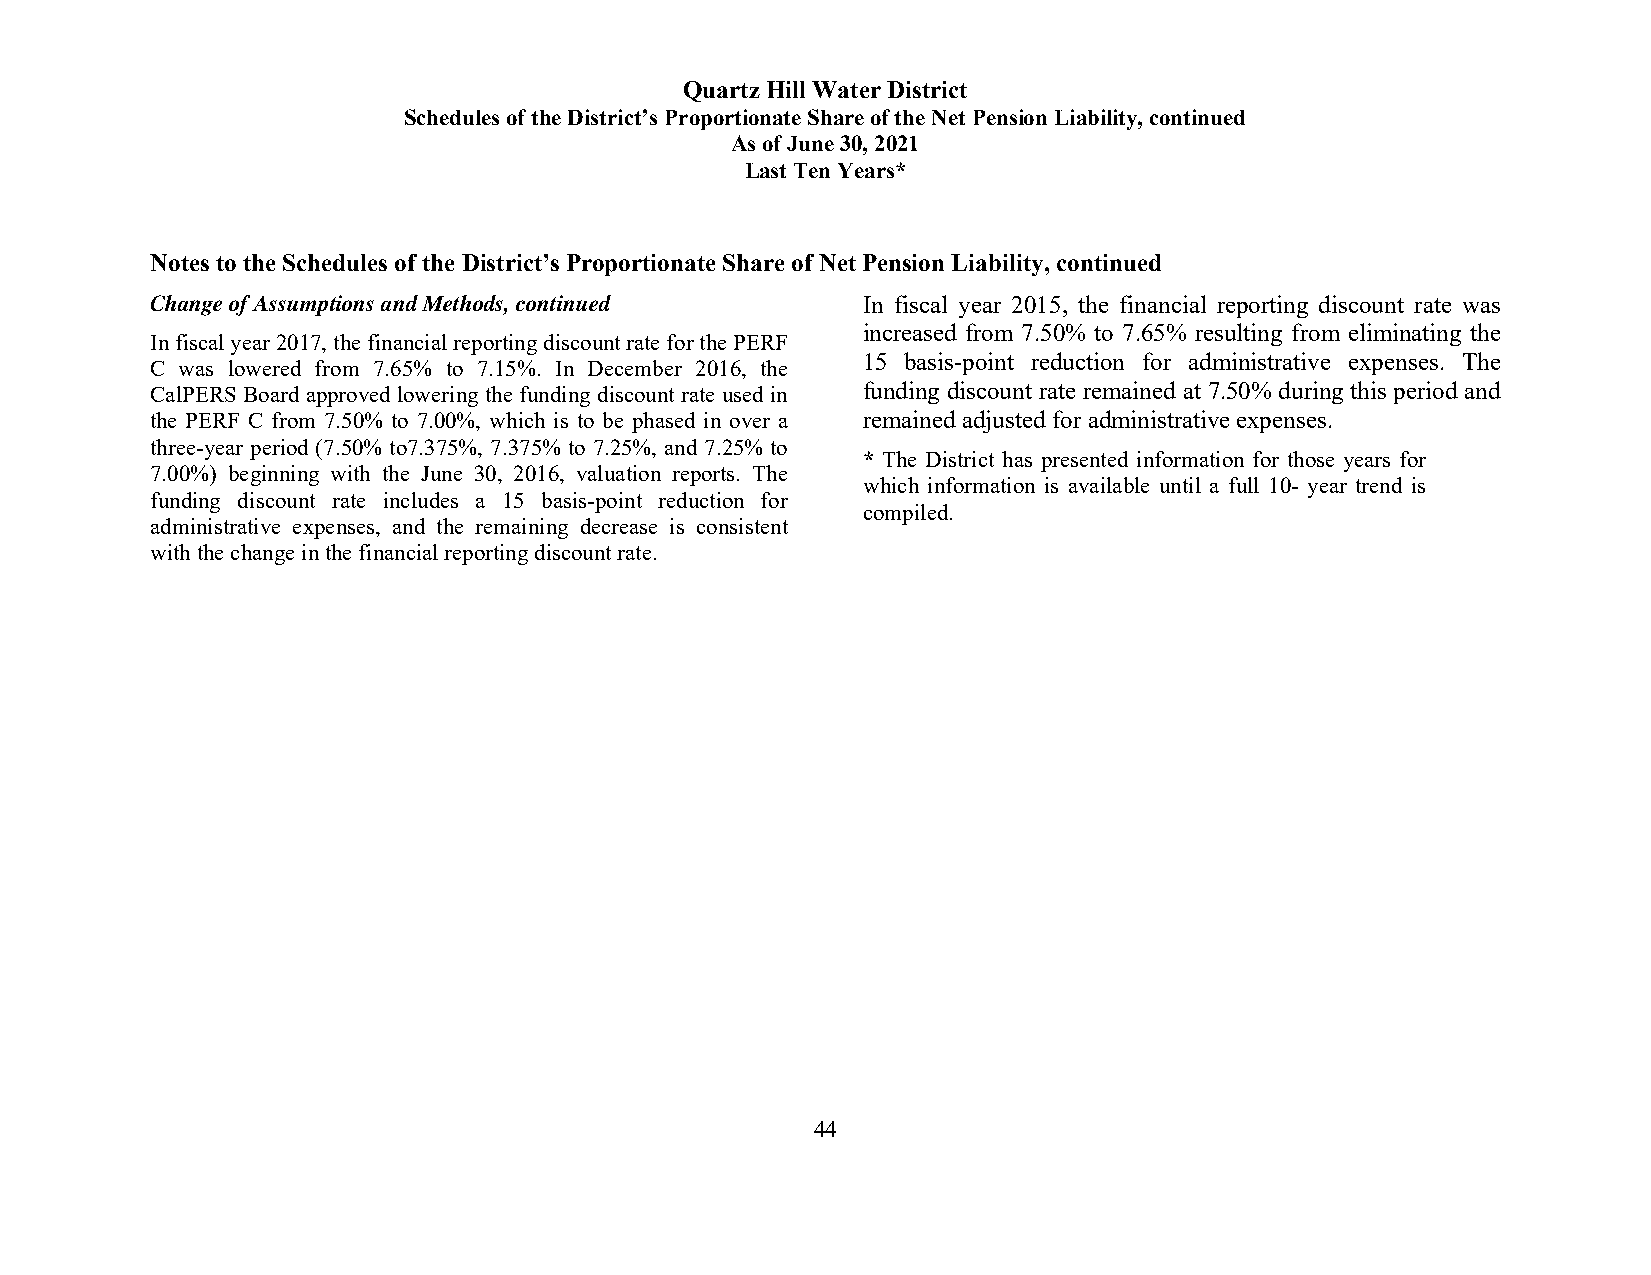
Quartz Hill Water District
 Schedules of the District’s Proportionate Share of the Net Pension Liability, continued
 As of June 30, 2021
 Last Ten Years*
 Notes to the Schedules of the District’s Proportionate Share of Net Pension Liability, continued
 Change of Assumptions and Methods, continued   In fiscal year 2015, the financial reporting discount rate was
 increased from 7.50% to 7.65% resulting from eliminating the
 In fiscal year 2017, the financial reporting discount rate for the PERF
 15 basis-point reduction for administrative expenses. The
 C was lowered from 7.65% to 7.15%. In December 2016, the
 CalPERS Board approved lowering the funding discount rate used in funding discount rate remained at 7.50% during this period and
 the PERF C from 7.50% to 7.00%, which is to be phased in over a remained adjusted for administrative expenses.
 three-year period (7.50% to7.375%, 7.375% to 7.25%, and 7.25% to
 * The District has presented information for those years for
 7.00%) beginning with the June 30, 2016, valuation reports. The
 which information is available until a full 10- year trend is
 funding discount rate includes a 15 basis-point reduction for
 compiled.
 administrative expenses, and the remaining decrease is consistent
 with the change in the financial reporting discount rate.
 44